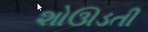
શોઊડતી